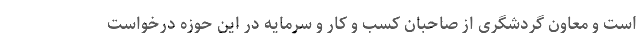
است و معاون گردشگری از صاحبان کسب و کار و سرمایه در این حوزه درخواست